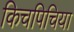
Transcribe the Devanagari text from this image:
किचपिचिया